Annual statistical returns and brief notes on vaccination in Bengal - 1887-1898
Year: 1887
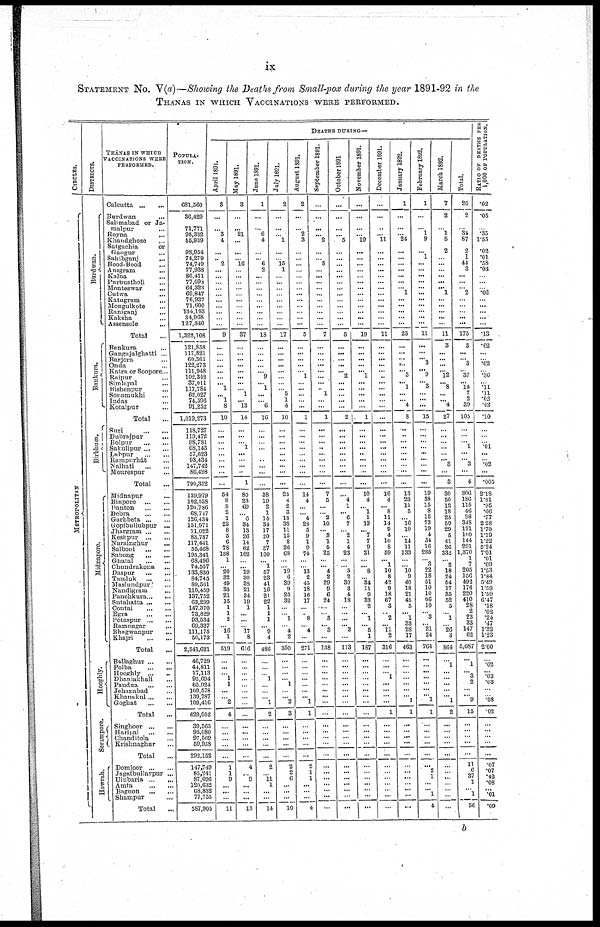
ix
STATEMENT NO. V(a)—Showing the Deaths from Small-pox during the year 1891-92 in the
THANAS IN WHICH VACCINATIONS WERE PERFORMED.
CIRCLES.
METROPOLITAN.
DISTRICTS.
Burdwan.
Bankura.
Birbhum.
Midnapore.
Hooghly.
Serampore.
Howrah.
THÁNAS IN WHICH
VACCINATIONS WERE
PERFORMED.
Calcutta
...
...
Burdwan ... ...
Salimabad or Ja-
malpur ...
Royna ...
Khandghose ...
Satgachia
or
Gangur ...
Sahibganj ...
Bood-Bood ...
Ausgram ...
Kalna ...
Purbustholi ...
Monteswar ...
Cutwa ...
Katugram ...
Mongulkote ...
Raniganj ...
Kaksha ...
Assensole
...
Total ...
Bankura ...
Gangajalghatti ...
Barjora ...
Onda ...
Katra or Soopore...
Raipur ...
Simlapal ...
Bishenpur ...
Sonamukhi
...
Indas ...
Kotalpur ...
Total
...
Suri
...
...
Dubrajpur ... ...
Bolpur
...
...
Sakulipur
...
...
Labpur
...
...
Rampurhât ... ...
Nalhati
...
...
Mourespur ...
Total ...
Midnapur ...
Binpore ... ... ...
Danton
...
...
Debra
...
...
Garhbeta
...
...
Gopibullubpur ...
Jhargram
...
...
Keshpur
...
...
Narainghur
...
Salboni
...
...
Sabong
...
...
Ghatal
...
...
Chundrakona ...
Daspur
...
...
Tamluk
...
...
Maslundpur ... ...
Nandigram ...
Panchkura ... ...
Sutahatta
...
...
Contai
...
...
Egra
...
...
Potaspur
...
...
Ramnagar
...
Bhagwanpur
...
Khajri
...
...
Total ...
Ballaghur
...
...
Polba
...
...
Hooghly
...
...
Dhaniakhali ...
Pandua
...
...
Jehanabad ...
Khanakul
...
...
Goghat
...
...
Total ...
Singhoor
...
...
Haripal
...
...
Chanditola ... ...
Krishnaghur
...
Total ...
Domjoor
...
...
Jagatbullavpur ...
Ulubaria
...
...
Amta
...
...
Bagnon
...
...
Shampur ...
Total
...
POPULA-
TION.
681,560
36,429
71,771
95,332
55,939
98,954
74,279
74,749
77,938
80,411
77,098
64,323
69,847
76,937
71,600
134,193
34,968
127,340
1,322,108
121,858
117,821
60,361
122,273
111,948
102,342
37,011
117,784
62,027
74,396
91,252
1,019,273
118,727
119,472
98,781
68,145
57,623
93,434
147,742
86,428
790,352
139,979
102,538
120,786
68,747
126,434
151,971
71,022
83,787
117,441
55,468
195,341
68,496
74,557
133,830
84,745
89,561
110,459
137,752
63,299
147,370
73,829
93,534
69,327
111,175
50,173
2,541,621
46,729
44,811
17,113
95,694
65,924
109,578
139,787
109,416
629,052
39,565
95,080
97,569
59,938
292,152
147,749
85,241
87,696
120,632
68,832
77,755
587,905
DEATHS DURING—
April 1891.
3
...
...
3
4
...
... 2
...
...
...
...
...
...
...
...
...
...
9
...
...
...
...
...
...
... 1
...
1
8
10
...
...
...
...
...
...
...
...
...
54
8
3
2
1
22
8
5
6
78
138
1
...
20
32
49
35
21
15
1
1
2
... 16
1
519
...
...
... 1
1
...
...
2
4
...
...
...
...
...
1
1
9
...
...
...
11
May 1891.
3
...
...
21
...
...
...
16
...
...
...
...
...
...
...
...
...
...
37
...
...
...
...
...
...
...
...
1
... 13
14
...
...
... 1
...
...
... ...
1
80
23
69
...
6
34
13
26
14
62
102
...
...
19
30
38
21
34
19
1
...
...
...
17
8
616
...
...
...
...
...
...
...
...
...
...
...
...
...
...
4
...
9
...
...
...
13
June 1891.
1
...
...
6
4
...
... 6
2
...
...
...
...
...
...
...
...
...
18
...
...
...
...
...
9
... 1
...
... 6
16
...
...
...
...
...
...
...
...
...
38
19
2
1
14
34
17
20
7
37
100
... 1
57
23
41
16
21
22
1
1
1
...
9
4
486
...
...
...
1
...
...
...
1
2
...
...
...
...
...
2
...
11
1
...
...
14
July 1891.
2
...
...
...
1
...
...
15
1
...
...
...
...
...
...
...
...
...
17
...
...
...
...
...
...
...
...
5
1
4
10
...
...
...
...
...
...
...
...
...
25
4
2
3
13
38
11
15
8
26
68
...
...
19
6
39
9
25
32
...
...
1
... 4
2
350
...
...
...
...
1
...
...
2
3
...
...
...
...
...
2
2
6
...
...
...
10
August 1891.
2
...
...
2
3
...
...
...
...
...
...
...
...
...
...
...
...
...
5
...
...
...
...
...
1
...
...
...
...
...
1
...
...
...
...
...
...
...
...
...
14
4
...
...
4
28
5
9
1
9
74
...
...
13
2
45
18
16
17
... ...
8
... 4
...
271
...
...
...
...
...
...
... 1
1
...
...
...
...
...
2
1
1
...
...
...
4
September 1891.
...
...
...
...
2
...
...
5
...
...
...
...
...
...
...
...
...
...
7
...
...
...
...
...
...
...
... 1
...
...
1
...
...
... ...
...
...
...
...
...
7
5
...
...
2
10
... 3
1
5
25
...
... 4
2
29
9
6
24
...
... 3
... 3
...
138
...
...
...
...
...
...
...
...
...
...
...
...
...
...
...
...
...
...
...
...
...
October 1891
...
...
...
...
5
...
...
...
...
...
...
...
...
...
...
...
...
...
5
...
...
...
...
... 2
...
...
...
...
...
2
...
...
...
...
...
...
...
...
...
...
4
1
... 6
7
...
2
1
4
23
...
... 5
2
30
3
4
18
...
...
...
... 3
...
113
...
...
...
...
...
...
...
...
...
...
...
...
...
...
...
...
...
... ...
...
...
November 1891.
...
...
...
...
19
...
...
... ...
...
...
...
...
...
...
...
...
...
19
...
...
...
...
... 1
...
...
...
...
...
1
...
...
...
...
...
...
...
...
...
10
4
... 1
1
13
... 7
7
9
31
...
... 8
... 34
11
9
33
2
... 1
... 5
1
187
...
...
...
...
...
...
...
...
...
...
...
...
...
...
...
...
...
...
...
...
...
December 1891.
...
...
...
... 11
...
...
...
...
...
...
...
...
... ...
...
...
...
11
...
...
...
...
...
...
...
...
...
...
...
...
...
...
... ...
...
...
...
...
...
16
4
... 8
11
14
9
4
10
8
59
... 1
10
8
42
9
18
67
3
...
2
... 11
2
316
...
...
... 1
...
...
...
...
1
...
...
...
...
...
...
...
...
...
...
...
...
January 1892.
1
...
...
... 24
...
...
...
...
...
...
...
1
...
...
...
...
...
25
...
...
... ...
... 3
... 1
...
... 4
8
...
...
...
...
...
...
...
...
...
13
23
11
5
... 16
10
...
14
11
133
...
... 10
9
40
18
21
45
5
... 1
33
28
17
463
...
...
...
...
...
...
... 1
1
...
...
...
...
...
...
...
...
...
...
...
...
February 1892.
1
...
...
1
9
...
1
...
...
...
...
...
...
...
...
...
...
...
11
...
...
... 3
...
9
... 3
...
...
...
15
...
...
...
...
...
...
...
...
...
19
38
15
8
15
73
19
4
34
16
285
... 3
22
18
51
10
10
66
10
...
3
... 21
24
764
...
...
...
...
...
...
... 1
1
...
...
...
...
...
...
2
1
...
... 1
4
March 1892.
7
2
...
1
5
2
...
...
...
...
...
...
1
...
...
...
...
...
11
3
...
...
...
... 12
...
8
...
... 4
27
...
...
...
...
...
...
3
...
3
30
50
12
18
25
59
29
5
41
26
332
...
2
18
24
54
17
35
52
5
... 1
... 26
3
864
...
1
...
...
...
...
...
1
2
...
...
...
...
...
...
...
...
...
...
...
...
Total.
20
2
...
31
87
2
1
44
3
...
...
...
2
...
...
...
...
...
175
3
...
... 3
...
37
... 14
7
2
39
105
...
...
...
1
...
... 3
...
4
306
186
115
46
98
348
121
100
144
291
1,370
1
7
205
156
492
176
220
410
28
2
23
33
147
62
5,087
...
1
... 3
2
...
... 9
15
...
...
...
...
...
11
6
37
1
... 1
56
RATIO OF DEATHS PER
1,000 OF POPULATION.
.02
.05
...
.35
1.55
.02
.01
.58
.03
...
...
...
.02
...
...
...
...
...
.13
.02
...
...
.02
...
.36
...
.11
.11
.02
.42
.10
...
...
...
.01
...
...
.02
...
.005
2.18
1.81
.95
.66
.77
2.28
1.70
1.19
1.22
5.24
7.01
.01
.09
1.53
1.84
5.49
1.59
1.59
6.47
.18
.02
.24
.47
1.32
1.23
2.00
...
.02
... .03
.03
...
...
.08
.02
...
...
...
...
...
.07
.07
.42
.08
... .01
.09
b